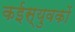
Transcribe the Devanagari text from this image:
कईस्युवकों